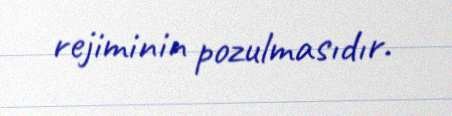
rejiminin pozulmasıdır.